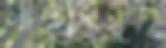
সাঁতারকূল